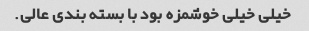
خیلی خیلی خوشمزه بود با بسته بندی عالی.